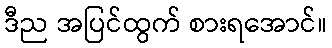
ဒီည အပြင်ထွက် စားရအောင်။